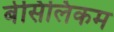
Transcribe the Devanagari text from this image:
बेसिलिकम